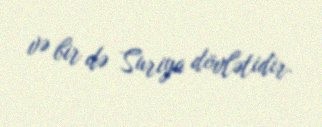
və bir də Suriya dövlətidir.